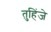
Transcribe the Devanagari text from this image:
तुहिंजे